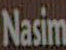
Nasim